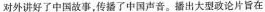
对外讲好了中国故事，传播了中国声音。播出大型政论片旨在